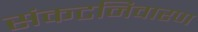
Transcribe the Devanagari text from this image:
संकटनिवारण